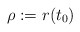
\begin{align*}\rho := r(t_0)\end{align*}